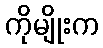
ကိုမျိုးက